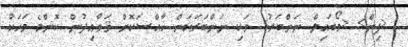
<ޕިން> <މޯބައިލް ނަންބަރު> ވަކި ނަންބަރަކަށް ޚާއްޞަކޮށް ޤަވާޢިދުން ކޮންމެ މަހަކު